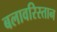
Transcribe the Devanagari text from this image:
बलावरिस्तान